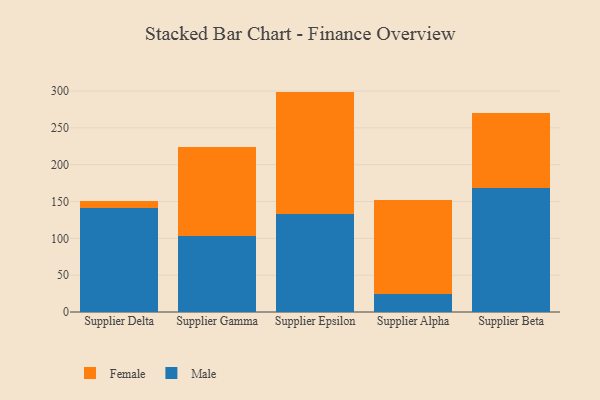
{"axis": {"x": "Supplier", "y": "Shipments"}, "legend": ["Female", "Male"], "data": [{"x": "Supplier Delta", "y": 141.2, "type": "Male"}, {"x": "Supplier Delta", "y": 9.8, "type": "Female"}, {"x": "Supplier Gamma", "y": 103.8, "type": "Male"}, {"x": "Supplier Gamma", "y": 119.7, "type": "Female"}, {"x": "Supplier Epsilon", "y": 132.6, "type": "Male"}, {"x": "Supplier Epsilon", "y": 166.7, "type": "Female"}, {"x": "Supplier Alpha", "y": 24.9, "type": "Male"}, {"x": "Supplier Alpha", "y": 126.8, "type": "Female"}, {"x": "Supplier Beta", "y": 168.6, "type": "Male"}, {"x": "Supplier Beta", "y": 102.2, "type": "Female"}]}